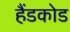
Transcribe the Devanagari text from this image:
हैंडकोड